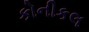
કોનીકલ